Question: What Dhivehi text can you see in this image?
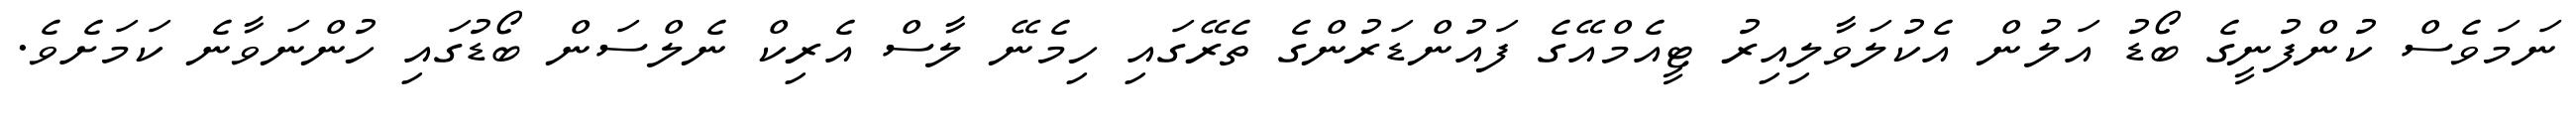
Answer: ނަމަވެސް ކުންފުނީގެ ބޯޑު އަލުން އެކުލަވާލިއިރު ޓީއެމްއޭގެ ފައުންޑަރުންގެ ތެރޭގައި ހިމެނޭ ލާސް އެރިކް ނެލްސަން ބޯޑުގައި ހުންނަވާނެ ކަމަށެވެ.